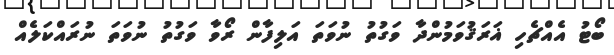
ބޯޓު އެއްޗެހި ޣަރަޤުވަމުންދާ ވަގުތު ނުވަތަ އަލިފާން ރޯވާ ވަގުތު ނުވަތަ ނުރައްކަލެއް